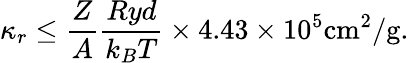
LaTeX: \kappa_{r}\leq\frac{Z}{A}\frac{Ryd}{k_{B}T}\times 4.43\times 10^{5}\mathrm{cm}^{2}/\mathrm{g}.